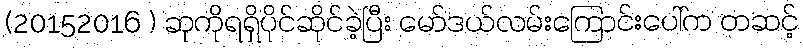
(20152016 ) ဆုကိုရရှိပိုင်ဆိုင်ခဲ့ပြီး မော်ဒယ်လမ်းကြောင်းပေါ်က တဆင့်